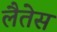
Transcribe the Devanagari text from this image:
लैतेस